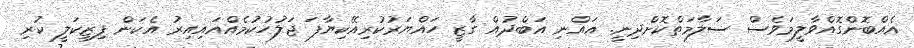
އެއްބޮންގޮއްވާލީމަވެސް ސަލާމަތްކޮށްދިނީ. އައްނި އަބްދުއް ގާޒީ ހައްޔަރުކުރިއޭކިޔާފަ ޖަލުހުކުމެއްއައިއިރު އެކަން ފިޒިކަލީ ކުރި